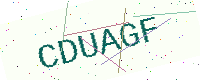
Text: CDUAGF